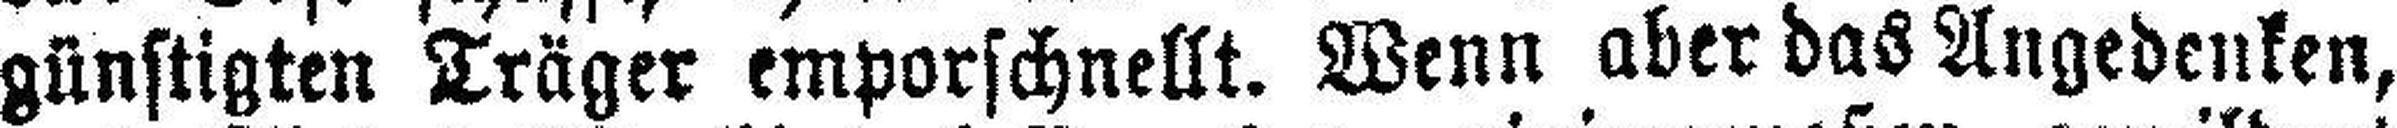
günstigten Träger emporschnellt. Wenn aber das Angedenken,